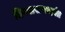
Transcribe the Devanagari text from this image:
दिवससप्ताहांत